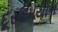
દૂરઉપયોગ